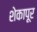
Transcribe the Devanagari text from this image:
शेकापूर